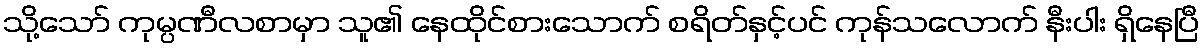
သို့သော် ကုမ္ပဏီလစာမှာ သူ၏ နေထိုင်စားသောက် စရိတ်နှင့်ပင် ကုန်သလောက် နီးပါး ရှိနေပြီ